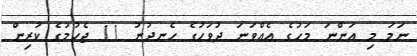
ނަމަ މި އަންނަ މަހުގެ އެއްވަނަ ދުވަހުގެ ހެނދުނު 11 ޖެހުމުގެ ކުރިން